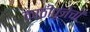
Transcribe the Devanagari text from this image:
काठीपूजेची